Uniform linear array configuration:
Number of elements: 24
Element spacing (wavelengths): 1
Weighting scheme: binomial
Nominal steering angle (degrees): -60
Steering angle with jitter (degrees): -61.424
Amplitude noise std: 0.05
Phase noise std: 0.05

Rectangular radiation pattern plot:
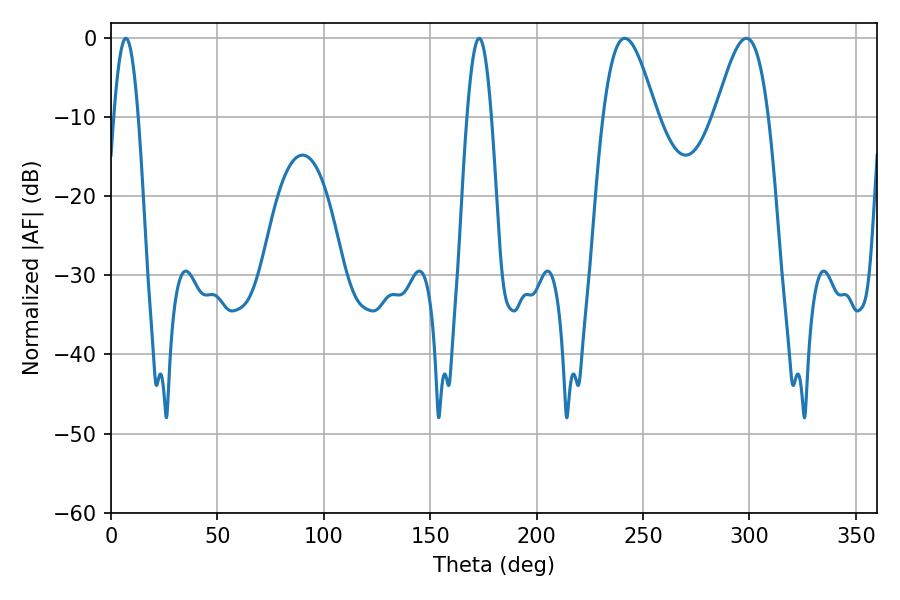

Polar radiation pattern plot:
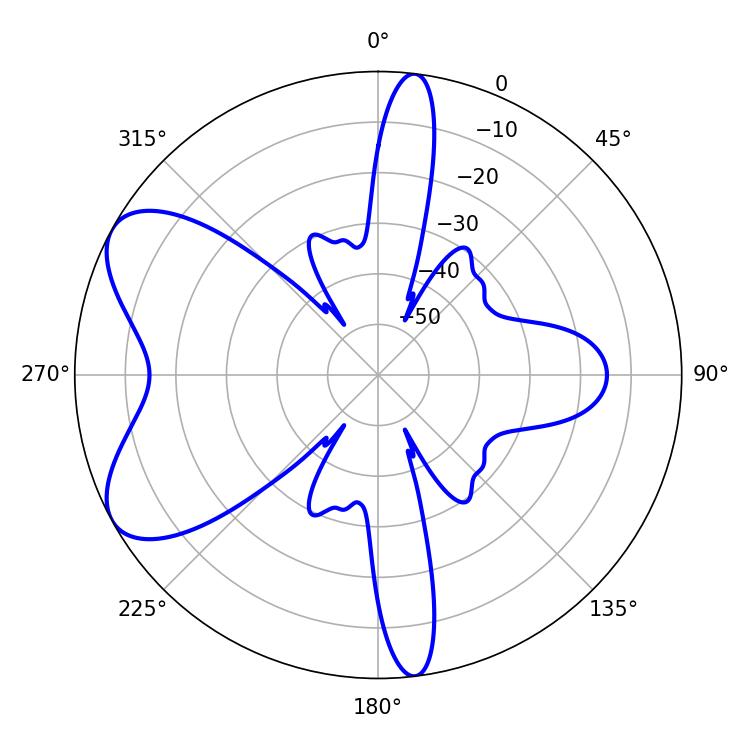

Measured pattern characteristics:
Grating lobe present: TRUE
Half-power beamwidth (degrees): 13.5
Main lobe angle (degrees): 241.38